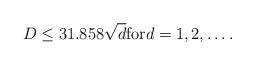
LaTeX: \begin{align*} D \leq 31.858 \sqrt{d} \textrm{for} d=1,2,\dots.\end{align*}